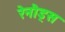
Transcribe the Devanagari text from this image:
रेनौड्स